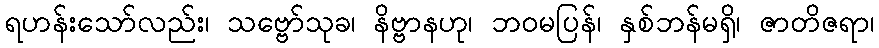
ရဟန်းသော်လည်း၊ သဗ္ဗော်သုခ၊ နိဗ္ဗာနဟု၊ ဘဝမပြန်၊ နှစ်ဘန်မရှိ၊ ဇာတိဇရာ၊